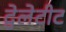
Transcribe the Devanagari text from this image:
द्वेलेटीट